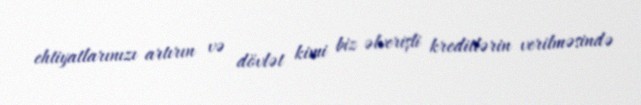
ehtiyatlarınızı artırın və dövlət kimi biz əlverişli kreditlərin verilməsində